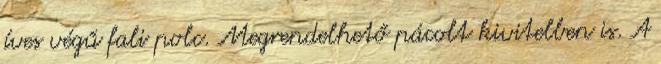
íves végű fali polc. Megrendelhető pácolt kivitelben is. A